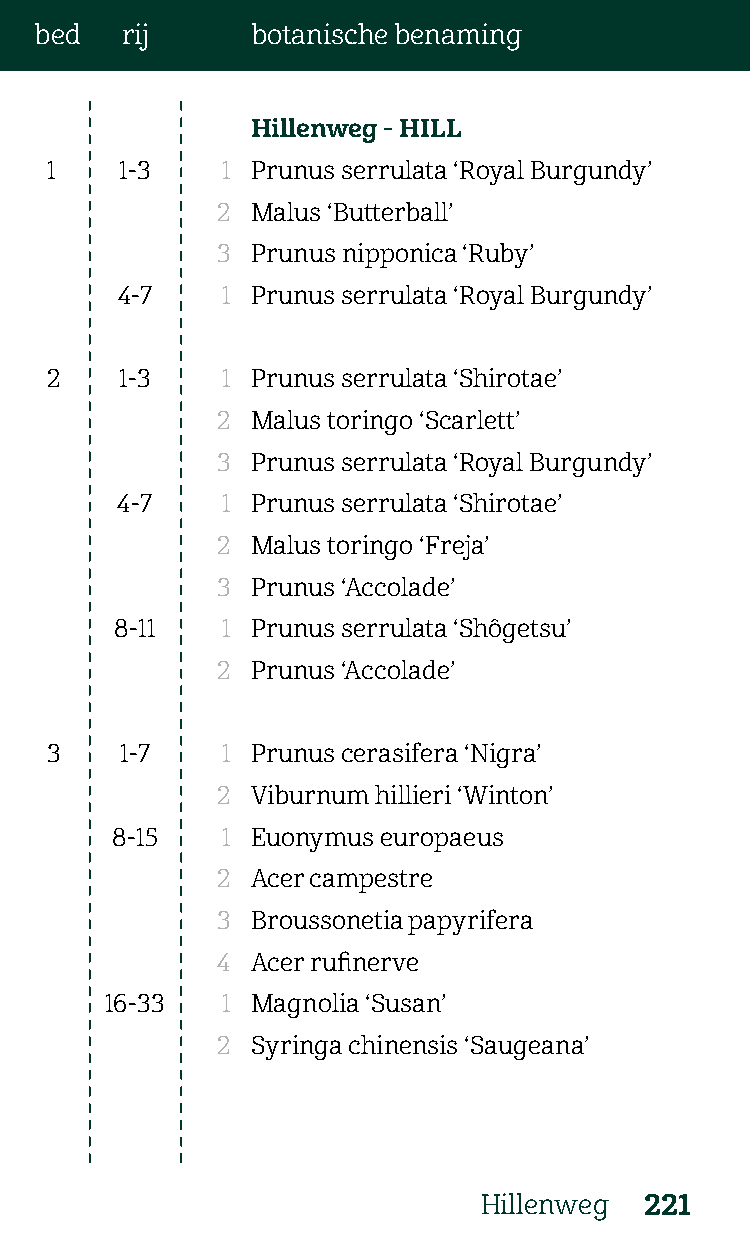
bed   rij      botanische benaming
 Hillenweg - HILL
 1    1-3    1 Prunus serrulata ‘Royal Burgundy’
 2  Malus ‘Butterball’
 3  Prunus nipponica ‘Ruby’
 4-7    1 Prunus serrulata ‘Royal Burgundy’
 2    1-3    1 Prunus serrulata ‘Shirotae’
 2  Malus toringo ‘Scarlett’
 3  Prunus serrulata ‘Royal Burgundy’
 4-7    1 Prunus serrulata ‘Shirotae’
 2  Malus toringo ‘Freja’
 3  Prunus ‘Accolade’
 8-11   1 Prunus serrulata ‘Shôgetsu’
 2  Prunus ‘Accolade’
 3    1-7    1 Prunus cerasifera ‘Nigra’
 2  Viburnum hillieri ‘Winton’
 8-15    1 Euonymus europaeus
 2  Acer campestre
 3  Broussonetia papyrifera
 4  Acer rufinerve
 16-33   1 Magnolia ‘Susan’
 2  Syringa chinensis ‘Saugeana’
 Hillenweg  221